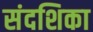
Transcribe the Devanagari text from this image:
संदशिका